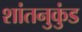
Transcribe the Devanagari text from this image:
शांतनुकुंड